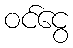
ဝင်ငွေ